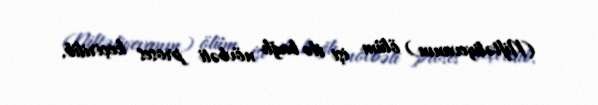
(Niftəliyevanın) ölüm işi ilə bağlı növbəti proses keçirilib.